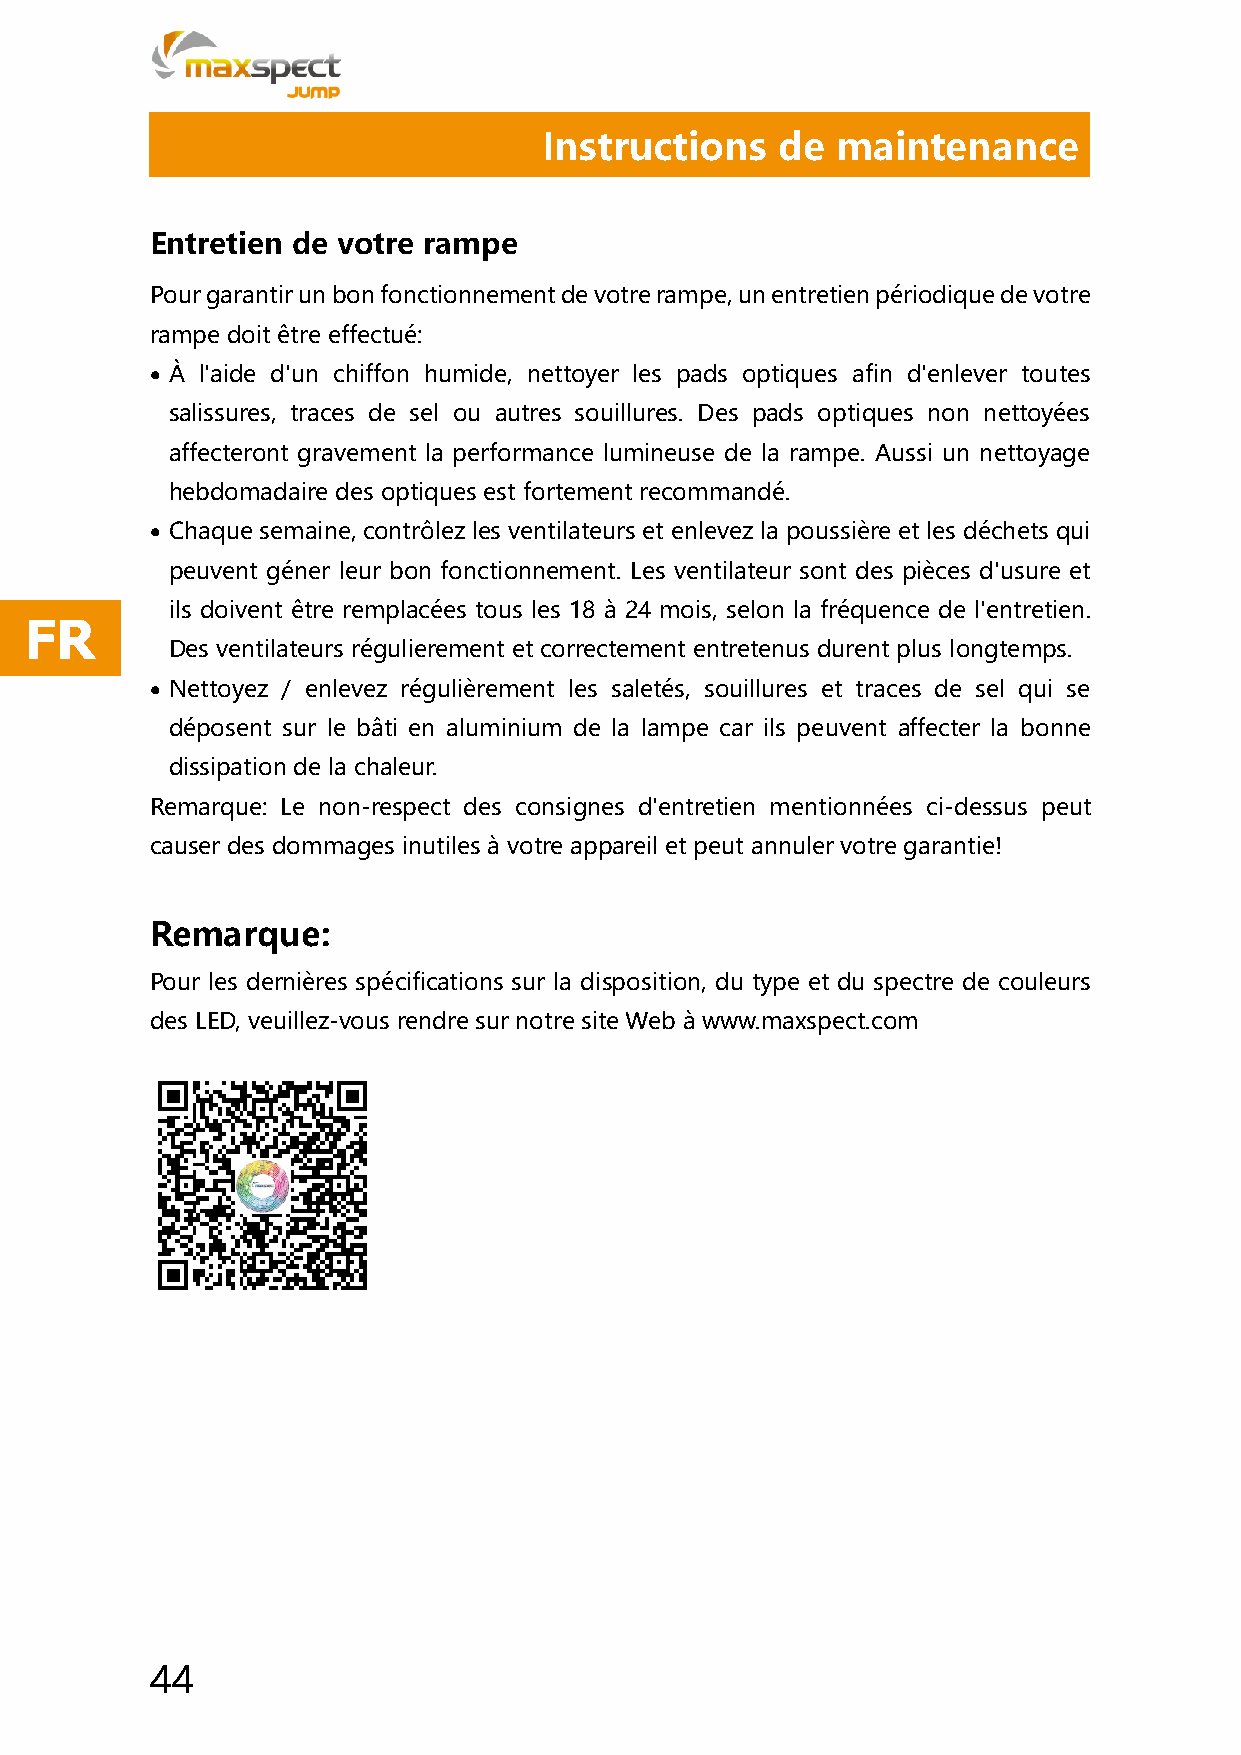
Instructions   de  maintenance
 Entretien de votre rampe
 Pour garantir un bon fonctionnement de votre rampe, un entretien périodique de votre
 rampe doit être effectué:
 • À l'aide d'un chiffon humide, nettoyer les pads optiques afin d'enlever toutes
 salissures, traces de sel ou autres souillures. Des pads optiques non nettoyées
 affecteront gravement la performance lumineuse de la rampe. Aussi un nettoyage
 hebdomadaire des optiques est fortement recommandé.
 • Chaque semaine, contrôlez les ventilateurs et enlevez la poussière et les déchets qui
 peuvent géner leur bon fonctionnement. Les ventilateur sont des pièces d'usure et
 ils doivent être remplacées tous les 18 à 24 mois, selon la fréquence de l'entretien.
 FR
 Des ventilateurs régulierement et correctement entretenus durent plus longtemps.
 • Nettoyez / enlevez régulièrement les saletés, souillures et traces de sel qui se
 déposent sur le bâti en aluminium de la lampe car ils peuvent affecter la bonne
 dissipation de la chaleur.
 Remarque: Le non-respect des consignes d'entretien mentionnées ci-dessus peut
 causer des dommages inutiles à votre appareil et peut annuler votre garantie!
 Remarque:
 Pour les dernières spécifications sur la disposition, du type et du spectre de couleurs
 des LED, veuillez-vous rendre sur notre site Web à www.maxspect.com
 44